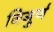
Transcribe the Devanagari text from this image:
निगुर्ण